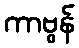
ကာဗွန်